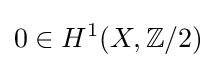
0\in H^{1}(X,\mathbb {Z} /2)